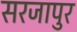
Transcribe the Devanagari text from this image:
सरजापुर